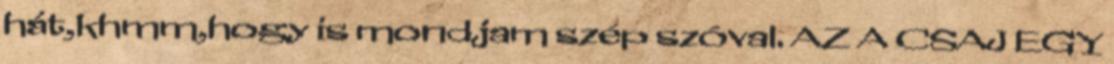
hát,khmm,hogy is mondjam szép szóval. AZ A CSAJ EGY